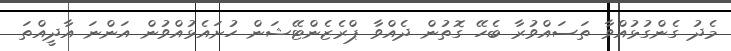
މެދު ގެންގުޅުއްވާ ތަސައްވުރާ ބެހޭ ގޮތުން ދެއްވާ ޕްރެޒެންޓޭޝަން ހުށައެޅުއްވުން އަންނަ އާދީއްތަ